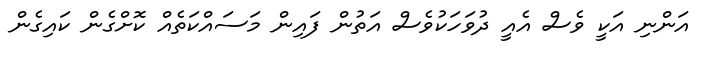
އަންނި އަކީ ވެސް އެއީ ދުވަހަކުވެސް އަތުން ފައިން މަސައްކަތެއް ކޮށްގެން ކައިގެން